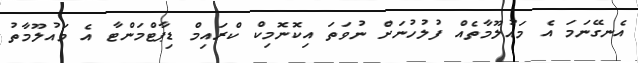
އެނގޭނަމަ އެ މައުލޫމާތެއް ފުލުހުނަށް ނުވަތަ އިކޮނޮމިކް ކްރައިމް ޑިޕާޓްމަންޓާ އެ މައުލޫމާތު